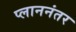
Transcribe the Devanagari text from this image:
प्लाननंतर